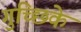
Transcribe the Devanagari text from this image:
गुच्छिके